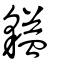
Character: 貖